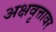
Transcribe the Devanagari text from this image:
अक्षवृत्तावर